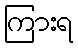
ကြားရ